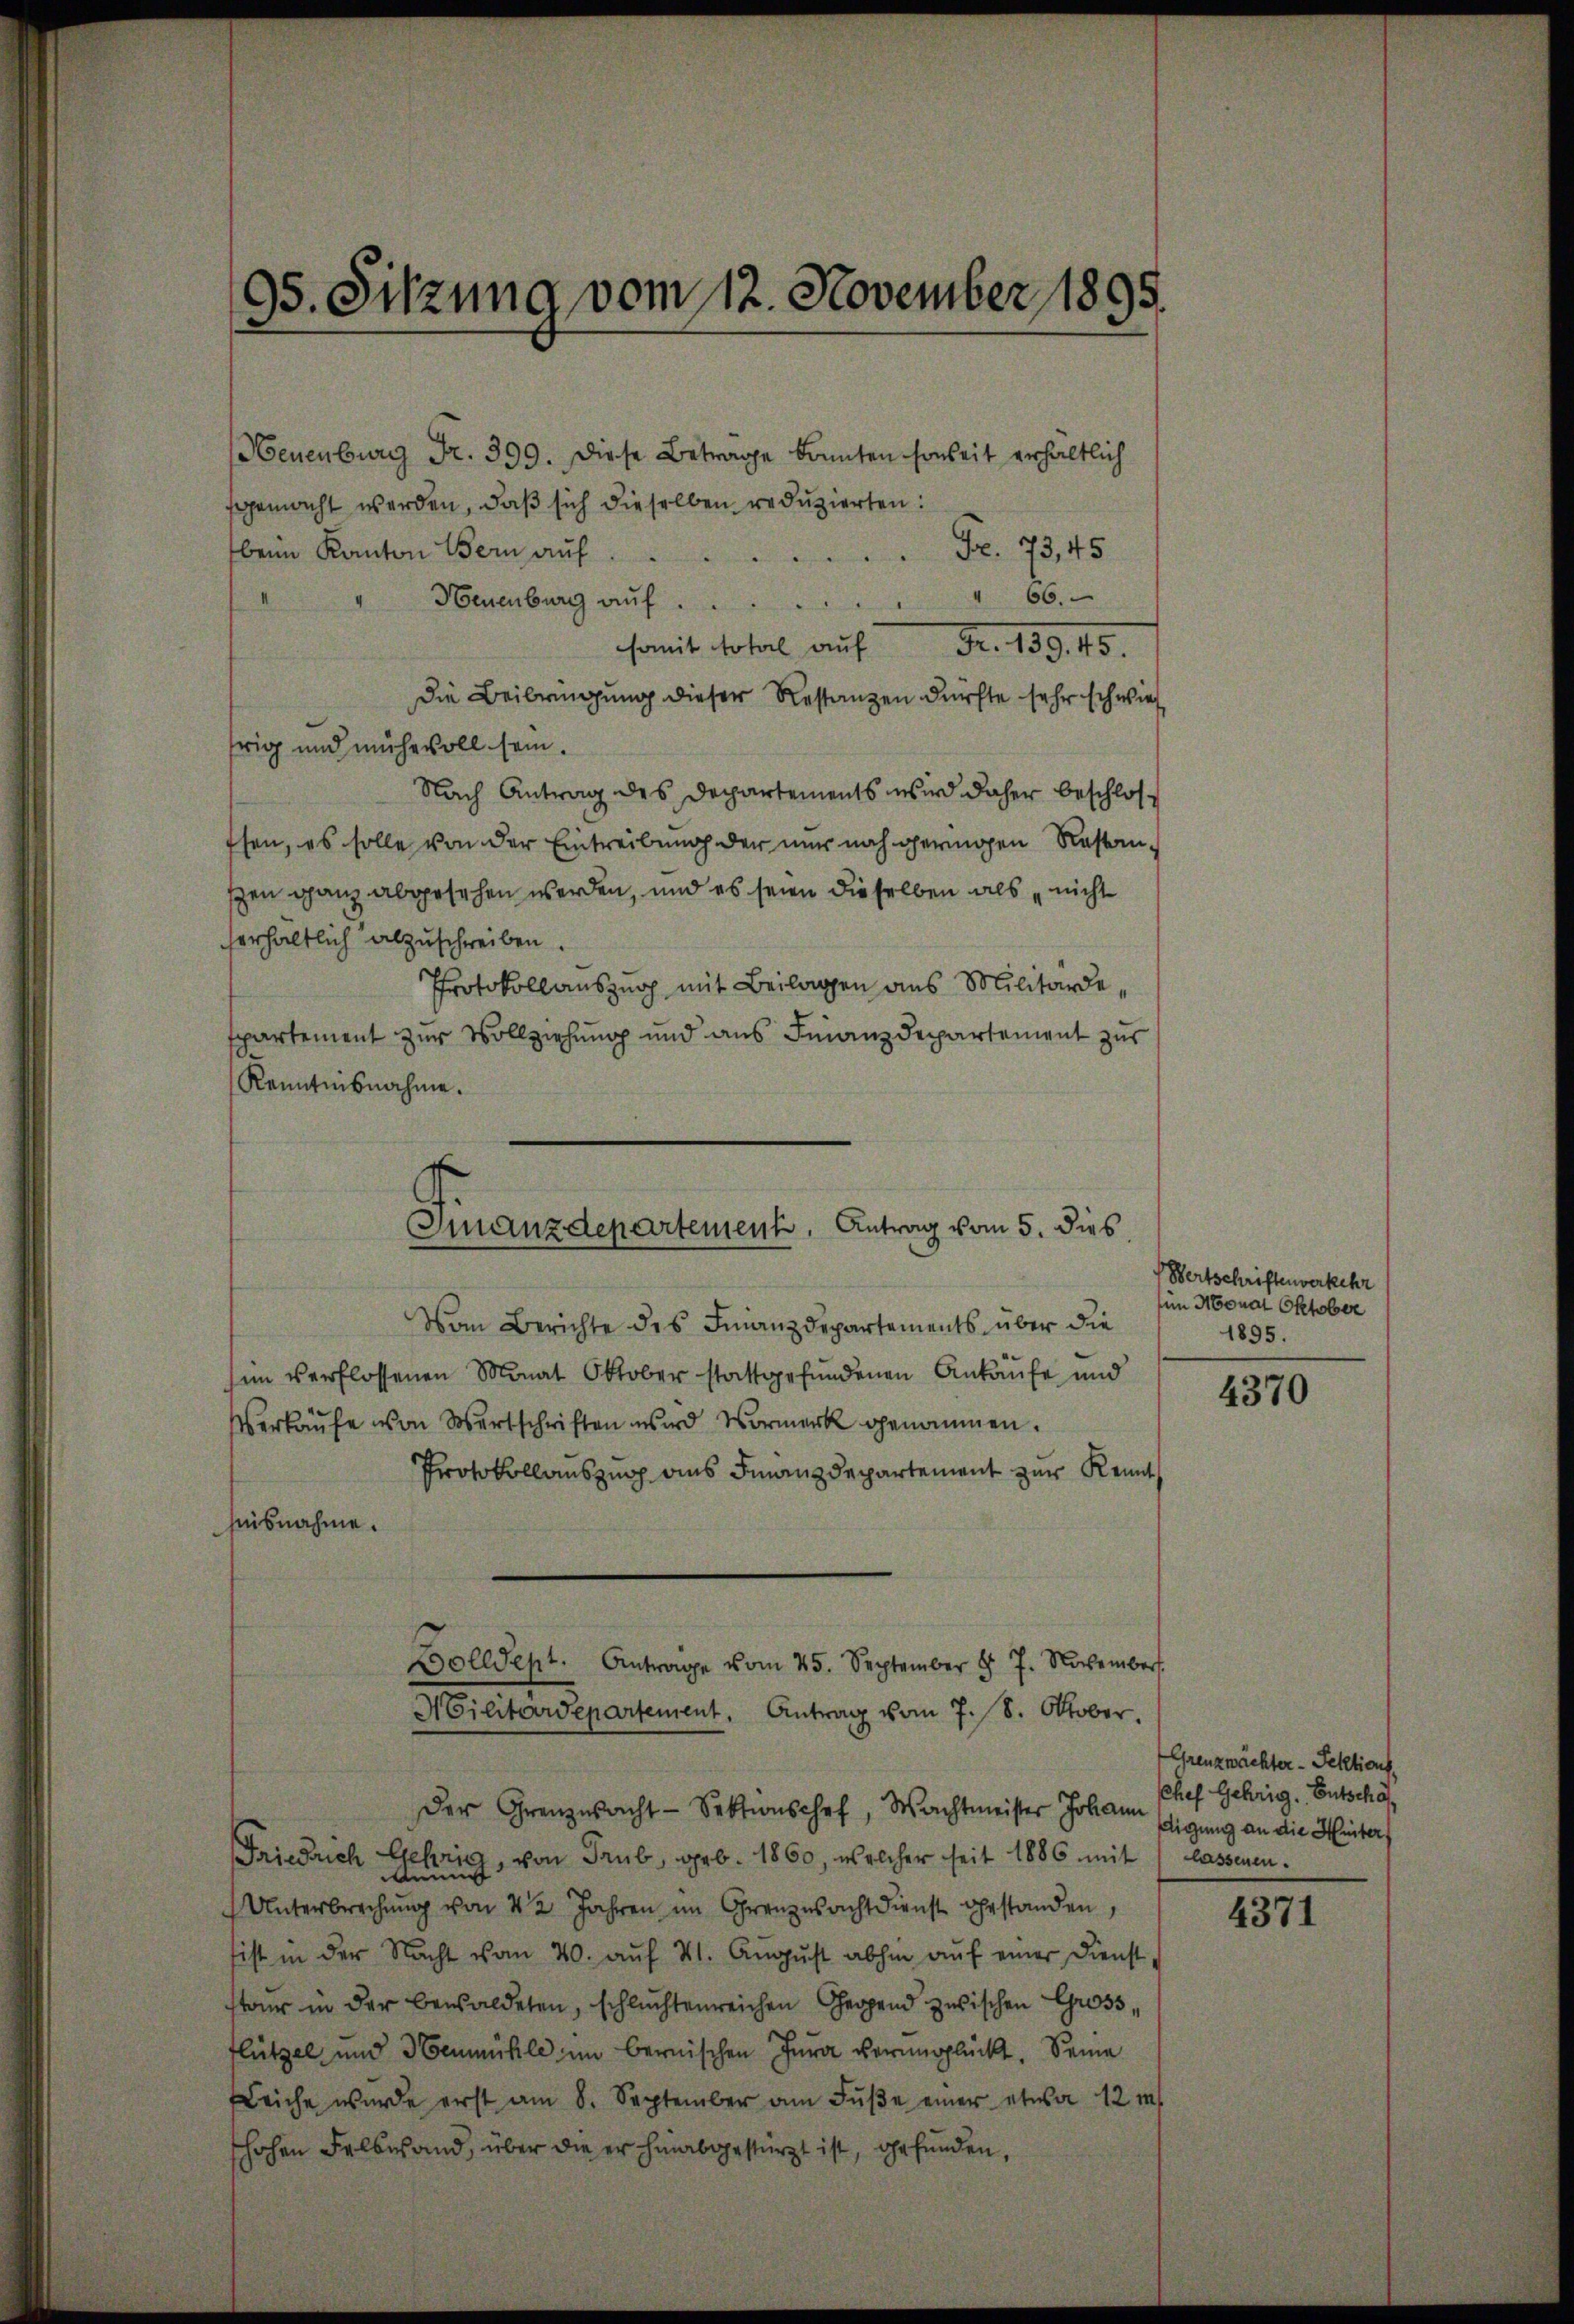
Neuenburg Fr. 399. Diese Beträge konnten soweit erhältlich
gemacht werden, daß sich dieselben reduzierten:
beim Kanton Bern aŭf Fr. 73, 45
" 66.
Neuenburg auf
somit sofort auf Fr. 133. 45.
Die Beibringung dieser Restanzen dürfte sehr schwie
frig und mühevoll sein.
Nach Antrag des Departements wird daher beschlosffen, es solle von der Eintreibung der nur noch geringen Restanszen ganz abgesehen werden, und es seien dieselben als nicht
serhaltlich abzuschreiben.
Protokollauszug mit Beilagen aus Militärde
spartement zur Vollziehung und aus Finanzdepartement zur
Kenntnisnahme.
Vom Berichte des Finanzdepartements über die
sem verflossenen Monat Oktober stattgefundenen Ankaufe und
Verkaufe von Wertschriften wird Vormerk genommen.
Protokollauszug aus Finanzdepartement zur Kennt
heisnahme.
Bollent. Antrage vom 25. September §. 7. November.
Militärdepartement. Antrag vom 7. 8. Oktober.
Der Grenzwacht-Sektionschef, Wachtmeister Johann
Friedrich Gehrig, von Trub, geb. 1860, welcher seit 1886 mit
Unterbrechŭng von 42 Jahren im Grenzsachtdienst gestanden,
sist in der Nacht vom 20. aŭf 31. August abhin auf einer Dienst
ur in der bewaldeten, schluchtenreichen Gegend zwischen Gross,
Flützel und Neumühle im bernischen Jura verunglückt. Seine
Leiche wurde erst am 8. September am Fŭβe einer etwa 12 m
hohen Felbwand, über die er hinabgestürzt ist, gefunden,

95. Sitzung vom 12. November 1895.

Finanzdepartement, Antrag vom 5. dies

Wertschriftenverkehr
m Monat Oktober
1895.

4370

Grenzwächter - Sektions
chef Gehrig. Entschaf
digung an die Hinters
lassenen.

4371